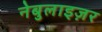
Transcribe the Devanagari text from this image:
नेबुलाइज़र